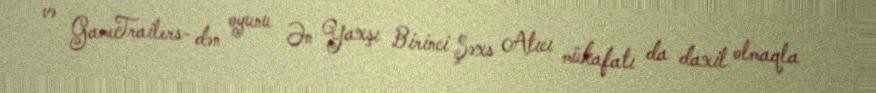
və GameTrailers- dən oyunu Ən Yaxşı Birinci Şəxs Atıcı mükafatı da daxil olmaqla